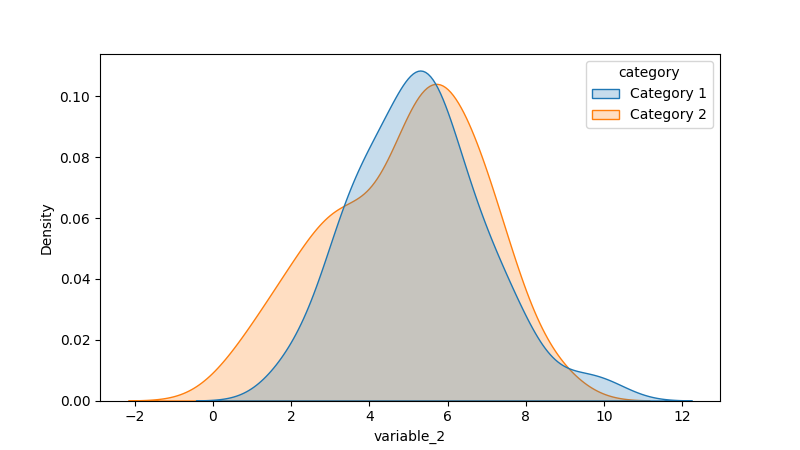
python, seaborn, kdeplot, hue='category', fill=True, bw_adjust=1.0